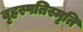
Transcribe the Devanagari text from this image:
वृहस्पतिस्मृति